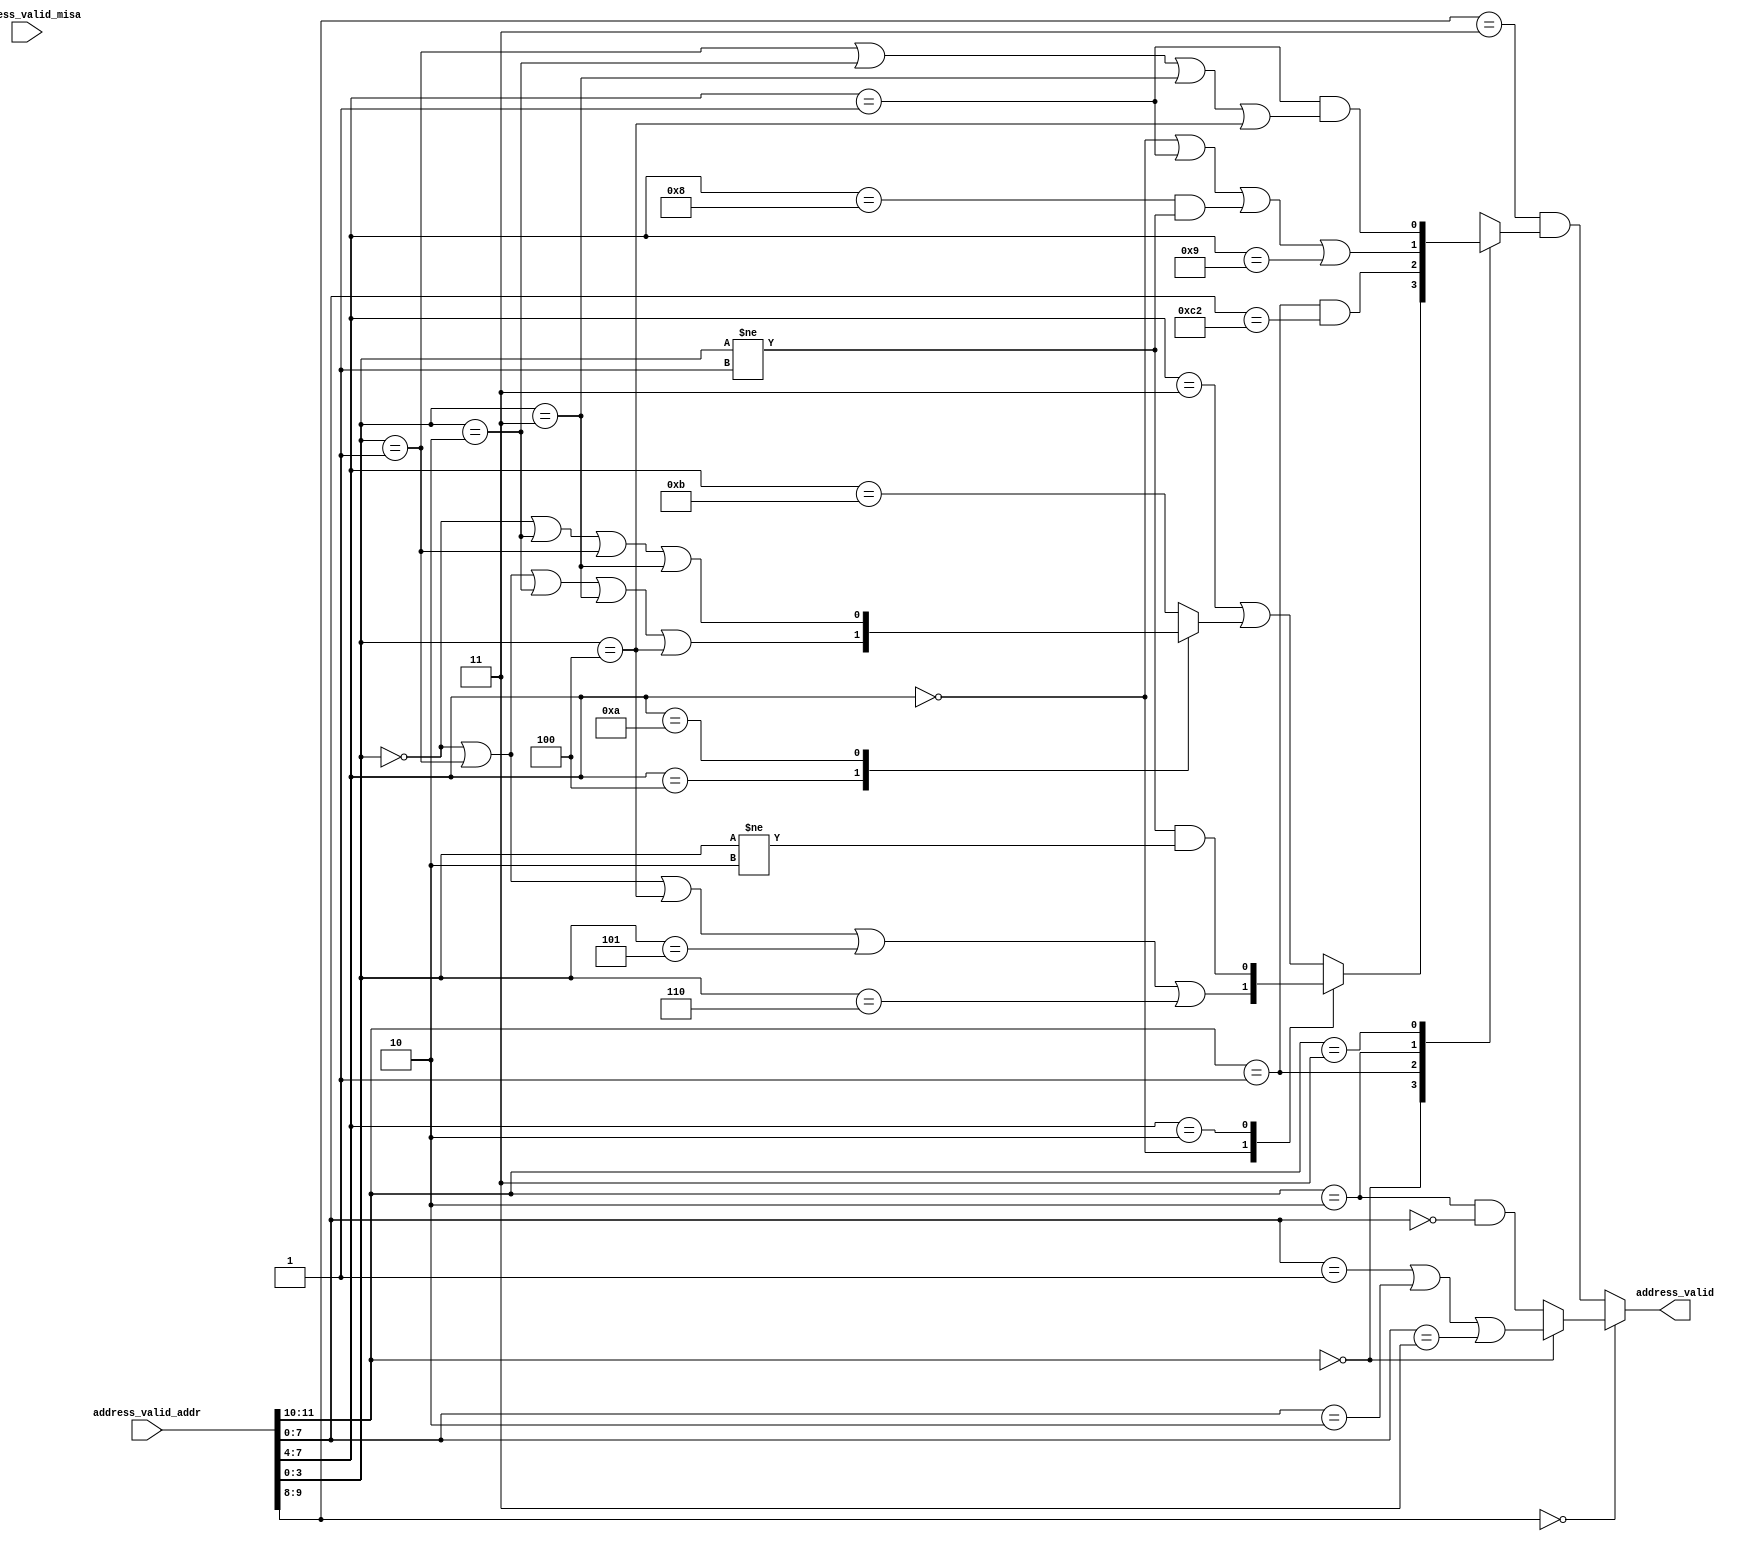
//
// Generated by Bluespec Compiler, version 2021.07-3-g8227dc97 (build 8227dc97)
//
// On Fri Sep  3 12:08:18 PDT 2021
//
//
// Ports:
// Name                         I/O  size props
// address_valid                  O     1
// address_valid_addr             I    12
// address_valid_misa             I    26 unused
//
// Combinational paths from inputs to outputs:
//   address_valid_addr -> address_valid
//
//

`ifdef BSV_ASSIGNMENT_DELAY
`else
  `define BSV_ASSIGNMENT_DELAY
`endif

`ifdef BSV_POSITIVE_RESET
  `define BSV_RESET_VALUE 1'b1
  `define BSV_RESET_EDGE posedge
`else
  `define BSV_RESET_VALUE 1'b0
  `define BSV_RESET_EDGE negedge
`endif

module module_address_valid(address_valid_addr,
			    address_valid_misa,
			    address_valid);
  // value method address_valid
  input  [11 : 0] address_valid_addr;
  input  [25 : 0] address_valid_misa;
  output address_valid;

  // signals for module outputs
  wire address_valid;

  // remaining internal signals
  reg CASE_address_valid_addr_BITS_11_TO_10_0b0_CASE_ETC__q3,
      CASE_address_valid_addr_BITS_7_TO_4_0_address__ETC__q2,
      CASE_address_valid_addr_BITS_7_TO_4_0x4_addres_ETC__q1;

  // value method address_valid
  assign address_valid =
	     (address_valid_addr[9:8] == 2'b0) ?
	       ((address_valid_addr[11:10] == 2'b0) ?
		  address_valid_addr[7:0] == 8'h01 ||
		  address_valid_addr[7:0] == 8'h02 ||
		  address_valid_addr[7:0] == 8'h03 :
		  address_valid_addr[11:10] == 2'b10 &&
		  address_valid_addr[7:0] == 8'd0) :
	       address_valid_addr[9:8] == 2'b11 &&
	       CASE_address_valid_addr_BITS_11_TO_10_0b0_CASE_ETC__q3 ;

  // remaining internal signals
  always@(address_valid_addr)
  begin
    case (address_valid_addr[7:4])
      4'h4:
	  CASE_address_valid_addr_BITS_7_TO_4_0x4_addres_ETC__q1 =
	      address_valid_addr[3:0] == 4'h0 ||
	      address_valid_addr[3:0] == 4'd1 ||
	      address_valid_addr[3:0] == 4'h2 ||
	      address_valid_addr[3:0] == 4'h3 ||
	      address_valid_addr[3:0] == 4'h4;
      4'hA:
	  CASE_address_valid_addr_BITS_7_TO_4_0x4_addres_ETC__q1 =
	      address_valid_addr[3:0] == 4'h0 ||
	      address_valid_addr[3:0] == 4'h2 ||
	      address_valid_addr[3:0] == 4'd1 ||
	      address_valid_addr[3:0] == 4'h3;
      default: CASE_address_valid_addr_BITS_7_TO_4_0x4_addres_ETC__q1 =
		   address_valid_addr[7:4] == 4'hB;
    endcase
  end
  always@(address_valid_addr or
	  CASE_address_valid_addr_BITS_7_TO_4_0x4_addres_ETC__q1)
  begin
    case (address_valid_addr[7:4])
      4'd0:
	  CASE_address_valid_addr_BITS_7_TO_4_0_address__ETC__q2 =
	      address_valid_addr[3:0] == 4'h0 ||
	      address_valid_addr[3:0] == 4'd1 ||
	      address_valid_addr[3:0] == 4'h4 ||
	      address_valid_addr[3:0] == 4'h5 ||
	      address_valid_addr[3:0] == 4'h6;
      4'h2:
	  CASE_address_valid_addr_BITS_7_TO_4_0_address__ETC__q2 =
	      address_valid_addr[3:0] != 4'd1 &&
	      address_valid_addr[3:0] != 4'h2;
      default: CASE_address_valid_addr_BITS_7_TO_4_0_address__ETC__q2 =
		   address_valid_addr[7:4] == 4'h3 ||
		   CASE_address_valid_addr_BITS_7_TO_4_0x4_addres_ETC__q1;
    endcase
  end
  always@(address_valid_addr or
	  CASE_address_valid_addr_BITS_7_TO_4_0_address__ETC__q2)
  begin
    case (address_valid_addr[11:10])
      2'b0:
	  CASE_address_valid_addr_BITS_11_TO_10_0b0_CASE_ETC__q3 =
	      CASE_address_valid_addr_BITS_7_TO_4_0_address__ETC__q2;
      2'd1:
	  CASE_address_valid_addr_BITS_11_TO_10_0b0_CASE_ETC__q3 =
	      address_valid_addr[11:10] == 2'b01 &&
	      address_valid_addr[7:0] == 8'hC2;
      2'b10:
	  CASE_address_valid_addr_BITS_11_TO_10_0b0_CASE_ETC__q3 =
	      address_valid_addr[7:4] == 4'd0 ||
	      address_valid_addr[7:4] == 4'd1 ||
	      address_valid_addr[7:4] == 4'd8 &&
	      address_valid_addr[3:0] != 4'd1 ||
	      address_valid_addr[7:4] == 4'd9;
      2'b11:
	  CASE_address_valid_addr_BITS_11_TO_10_0b0_CASE_ETC__q3 =
	      address_valid_addr[7:4] == 4'd1 &&
	      (address_valid_addr[3:0] == 4'd1 ||
	       address_valid_addr[3:0] == 4'h2 ||
	       address_valid_addr[3:0] == 4'h3 ||
	       address_valid_addr[3:0] == 4'h4);
    endcase
  end
endmodule  // module_address_valid